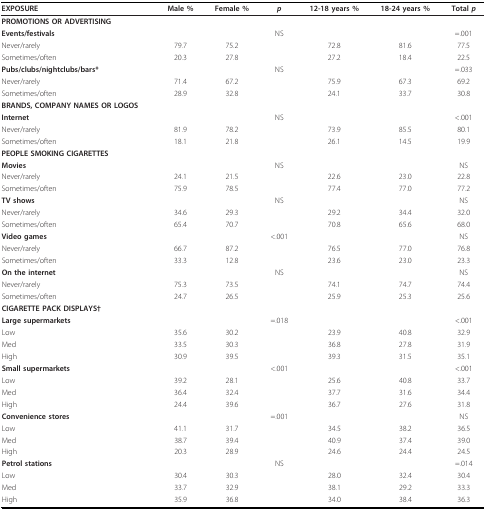
<table><thead><tr><td><b>EXPOSURE</b></td><td><b>Male %</b></td><td><b>Female %</b></td><td><b><i>p</i></b></td><td><b>12-18 years %</b></td><td><b>18-24 years %</b></td><td><b>Total <i>p</i></b></td></tr></thead><tbody><tr><td><b>PROMOTIONS OR ADVERTISING</b></td><td></td><td></td><td></td><td></td><td></td><td></td></tr><tr><td><b>Events/festivals</b></td><td></td><td></td><td>NS</td><td></td><td></td><td>=.001</td></tr><tr><td>Never/rarely</td><td>79.7</td><td>75.2</td><td></td><td>72.8</td><td>81.6</td><td>77.5</td></tr><tr><td>Sometimes/often</td><td>20.3</td><td>27.8</td><td></td><td>27.2</td><td>18.4</td><td>22.5</td></tr><tr><td><b>Pubs/clubs/nightclubs/bars*</b></td><td></td><td></td><td>NS</td><td></td><td></td><td>=.033</td></tr><tr><td>Never/rarely</td><td>71.4</td><td>67.2</td><td></td><td>75.9</td><td>67.3</td><td>69.2</td></tr><tr><td>Sometimes/often</td><td>28.9</td><td>32.8</td><td></td><td>24.1</td><td>33.7</td><td>30.8</td></tr><tr><td><b>BRANDS, COMPANY NAMES OR LOGOS</b></td><td></td><td></td><td></td><td></td><td></td><td></td></tr><tr><td><b>Internet</b></td><td></td><td></td><td>NS</td><td></td><td></td><td>&lt;.001</td></tr><tr><td>Never/rarely</td><td>81.9</td><td>78.2</td><td></td><td>73.9</td><td>85.5</td><td>80.1</td></tr><tr><td>Sometimes/often</td><td>18.1</td><td>21.8</td><td></td><td>26.1</td><td>14.5</td><td>19.9</td></tr><tr><td><b>PEOPLE SMOKING CIGARETTES</b></td><td></td><td></td><td></td><td></td><td></td><td></td></tr><tr><td><b>Movies</b></td><td></td><td></td><td>NS</td><td></td><td></td><td>NS</td></tr><tr><td>Never/rarely</td><td>24.1</td><td>21.5</td><td></td><td>22.6</td><td>23.0</td><td>22.8</td></tr><tr><td>Sometimes/often</td><td>75.9</td><td>78.5</td><td></td><td>77.4</td><td>77.0</td><td>77.2</td></tr><tr><td><b>TV shows</b></td><td></td><td></td><td>NS</td><td></td><td></td><td>NS</td></tr><tr><td>Never/rarely</td><td>34.6</td><td>29.3</td><td></td><td>29.2</td><td>34.4</td><td>32.0</td></tr><tr><td>Sometimes/often</td><td>65.4</td><td>70.7</td><td></td><td>70.8</td><td>65.6</td><td>68.0</td></tr><tr><td><b>Video games</b></td><td></td><td></td><td>&lt;.001</td><td></td><td></td><td>NS</td></tr><tr><td>Never/rarely</td><td>66.7</td><td>87.2</td><td></td><td>76.5</td><td>77.0</td><td>76.8</td></tr><tr><td>Sometimes/often</td><td>33.3</td><td>12.8</td><td></td><td>23.6</td><td>23.0</td><td>23.3</td></tr><tr><td><b>On the internet</b></td><td></td><td></td><td>NS</td><td></td><td></td><td>NS</td></tr><tr><td>Never/rarely</td><td>75.3</td><td>73.5</td><td></td><td>74.1</td><td>74.7</td><td>74.4</td></tr><tr><td>Sometimes/often</td><td>24.7</td><td>26.5</td><td></td><td>25.9</td><td>25.3</td><td>25.6</td></tr><tr><td><b>CIGARETTE PACK DISPLAYS†</b></td><td></td><td></td><td></td><td></td><td></td><td></td></tr><tr><td><b>Large supermarkets</b></td><td></td><td></td><td>=.018</td><td></td><td></td><td>&lt;.001</td></tr><tr><td>Low</td><td>35.6</td><td>30.2</td><td></td><td>23.9</td><td>40.8</td><td>32.9</td></tr><tr><td>Med</td><td>33.5</td><td>30.3</td><td></td><td>36.8</td><td>27.8</td><td>31.9</td></tr><tr><td>High</td><td>30.9</td><td>39.5</td><td></td><td>39.3</td><td>31.5</td><td>35.1</td></tr><tr><td><b>Small supermarkets</b></td><td></td><td></td><td>&lt;.001</td><td></td><td></td><td>&lt;.001</td></tr><tr><td>Low</td><td>39.2</td><td>28.1</td><td></td><td>25.6</td><td>40.8</td><td>33.7</td></tr><tr><td>Med</td><td>36.4</td><td>32.4</td><td></td><td>37.7</td><td>31.6</td><td>34.4</td></tr><tr><td>High</td><td>24.4</td><td>39.6</td><td></td><td>36.7</td><td>27.6</td><td>31.8</td></tr><tr><td><b>Convenience stores</b></td><td></td><td></td><td>=.001</td><td></td><td></td><td>NS</td></tr><tr><td>Low</td><td>41.1</td><td>31.7</td><td></td><td>34.5</td><td>38.2</td><td>36.5</td></tr><tr><td>Med</td><td>38.7</td><td>39.4</td><td></td><td>40.9</td><td>37.4</td><td>39.0</td></tr><tr><td>High</td><td>20.3</td><td>28.9</td><td></td><td>24.6</td><td>24.4</td><td>24.5</td></tr><tr><td><b>Petrol stations</b></td><td></td><td></td><td>NS</td><td></td><td></td><td>=.014</td></tr><tr><td>Low</td><td>30.4</td><td>30.3</td><td></td><td>28.0</td><td>32.4</td><td>30.4</td></tr><tr><td>Med</td><td>33.7</td><td>32.9</td><td></td><td>38.1</td><td>29.2</td><td>33.3</td></tr><tr><td>High</td><td>35.9</td><td>36.8</td><td></td><td>34.0</td><td>38.4</td><td>36.3</td></tr></tbody></table>